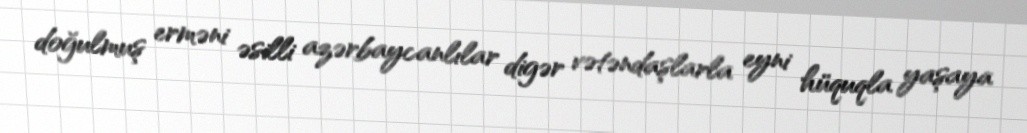
doğulmuş erməni əsilli azərbaycanlılar digər vətəndaşlarla eyni hüquqla yaşaya